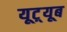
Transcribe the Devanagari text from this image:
यूट़्यूब